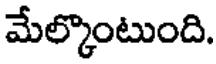
మేల్కొంటుంది.